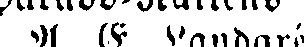
A. E. Landgré